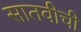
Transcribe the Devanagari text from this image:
सातवीची